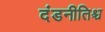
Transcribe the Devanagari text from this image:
दंडनीतिश्च